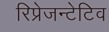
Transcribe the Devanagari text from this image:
रिप्रेजन्टेटिव